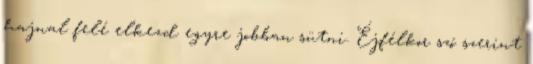
hajnal felé elkezd egyre jobban sütni. Éjfélkor szó szerint